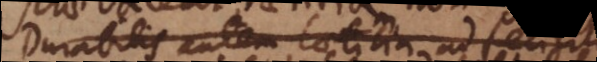
Durabilis autem laetitia ad felicitatem